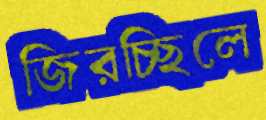
জিরচ্ছিলে